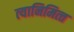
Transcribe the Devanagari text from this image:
त्‍यानिमित्‍त